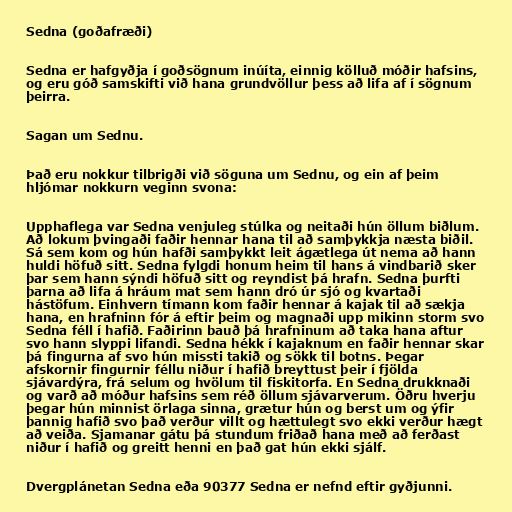
Sedna (goðafræði)

Sedna er hafgyðja í goðsögnum inúíta, einnig kölluð móðir hafsins,
og eru góð samskifti við hana grundvöllur þess að lifa af í sögnum
þeirra.

Sagan um Sednu.

Það eru nokkur tilbrigði við söguna um Sednu, og ein af þeim
hljómar nokkurn veginn svona:

Upphaflega var Sedna venjuleg stúlka og neitaði hún öllum biðlum.
Að lokum þvingaði faðir hennar hana til að samþykkja næsta biðil.
Sá sem kom og hún hafði samþykkt leit ágætlega út nema að hann
huldi höfuð sitt. Sedna fylgdi honum heim til hans á vindbarið sker
þar sem hann sýndi höfuð sitt og reyndist þá hrafn. Sedna þurfti
þarna að lifa á hráum mat sem hann dró úr sjó og kvartaði
hástöfum. Einhvern tímann kom faðir hennar á kajak til að sækja
hana, en hrafninn fór á eftir þeim og magnaði upp mikinn storm svo
Sedna féll í hafið. Faðirinn bauð þá hrafninum að taka hana aftur
svo hann slyppi lifandi. Sedna hékk í kajaknum en faðir hennar skar
þá fingurna af svo hún missti takið og sökk til botns. Þegar
afskornir fingurnir féllu niður í hafið breyttust þeir í fjölda
sjávardýra, frá selum og hvölum til fiskitorfa. En Sedna drukknaði
og varð að móður hafsins sem réð öllum sjávarverum. Öðru hverju
þegar hún minnist örlaga sinna, grætur hún og berst um og ýfir
þannig hafið svo það verður villt og hættulegt svo ekki verður hægt
að veiða. Sjamanar gátu þá stundum friðað hana með að ferðast
niður í hafið og greitt henni en það gat hún ekki sjálf.

Dvergplánetan Sedna eða 90377 Sedna er nefnd eftir gyðjunni.